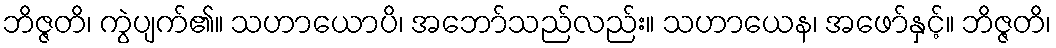
ဘိဇ္ဇတိ၊ ကွဲပျက်၏။ သဟာယောပိ၊ အဘော်သည်လည်း။ သဟာယေန၊ အဖော်နှင့်။ ဘိဇ္ဇတိ၊